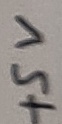
Text: +5V